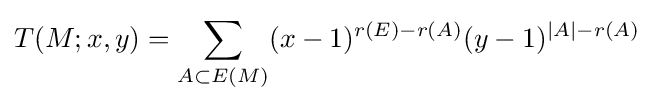
T(M;x,y)=\sum _{A\subset E(M)}(x-1)^{r(E)-r(A)}(y-1)^{|A|-r(A)}